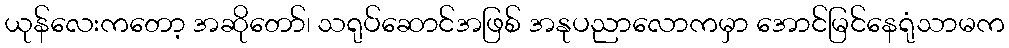
ယုန်လေးကတော့ အဆိုတော်၊ သရုပ်ဆောင်အဖြစ် အနုပညာလောကမှာ အောင်မြင်နေရုံသာမက